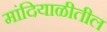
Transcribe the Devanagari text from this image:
मांदियाळीतील